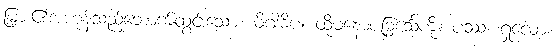
မြှား၏အဟုန်သည်ဘောက်ထွင်းသော။ မိဂါဓိပံ၊ ထိုမနောဇခြင်္သေ့ကို။ ပဿ၊ ရှုလော့။